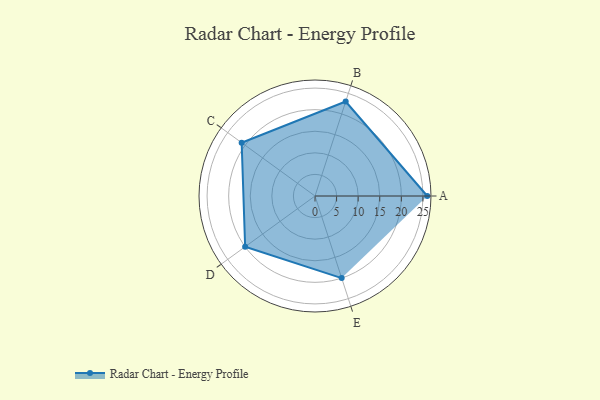
{"axis": {"x": "Skill", "y": "Score"}, "legend": ["Profile"], "data": [{"x": "A", "y": 26.0, "type": "Profile"}, {"x": "B", "y": 23.0, "type": "Profile"}, {"x": "C", "y": 21.0, "type": "Profile"}, {"x": "D", "y": 20, "type": "Profile"}, {"x": "E", "y": 20, "type": "Profile"}]}